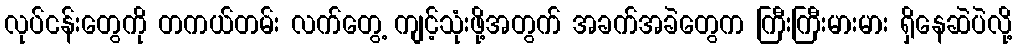
လုပ်ငန်းတွေကို တကယ်တမ်း လက်တွေ့ ကျင့်သုံးဖို့အတွက် အခက်အခဲတွေက ကြီးကြီးမားမား ရှိနေဆဲပဲလို့